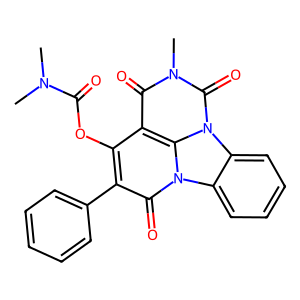
SMILES: CN(C)C(=O)Oc1c(-c2ccccc2)c(=O)n2c3ccccc3n3c(=O)n(C)c(=O)c1c23
Inhibits HIV replication: No